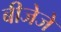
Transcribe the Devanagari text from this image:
बीजेजे